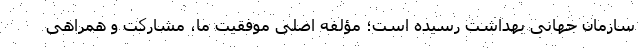
سازمان جهانی بهداشت رسیده است؛ مؤلفه اصلی موفقیت ما، مشارکت و همراهی